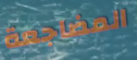
المضاجعة